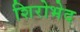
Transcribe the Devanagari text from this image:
शिरोभेद